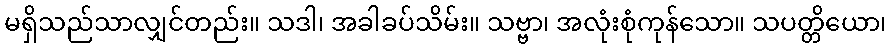
မရှိသည်သာလျှင်တည်း။ သဒါ၊ အခါခပ်သိမ်း။ သဗ္ဗာ၊ အလုံးစုံကုန်သော။ သပတ္တိယော၊